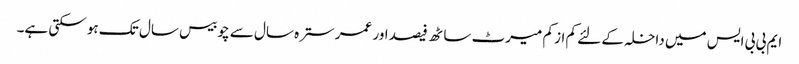
ایم بی بی ایس میں داخلہ کے لئے کم از کم میرٹ ساٹھ فیصد اور عمر سترہ سال سے چوبیس سال تک ہو سکتی ہے۔